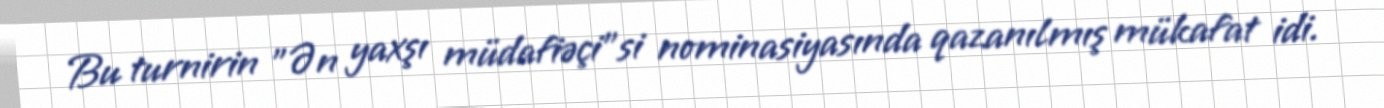
Bu turnirin "Ən yaxşı müdafiəçi"si nominasiyasında qazanılmış mükafat idi.